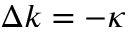
\Delta k = - \kappa